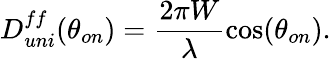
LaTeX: D_{uni}^{ff}(\theta_{on})=\frac{2\pi W}{\lambda}\cos(\theta_{on}).